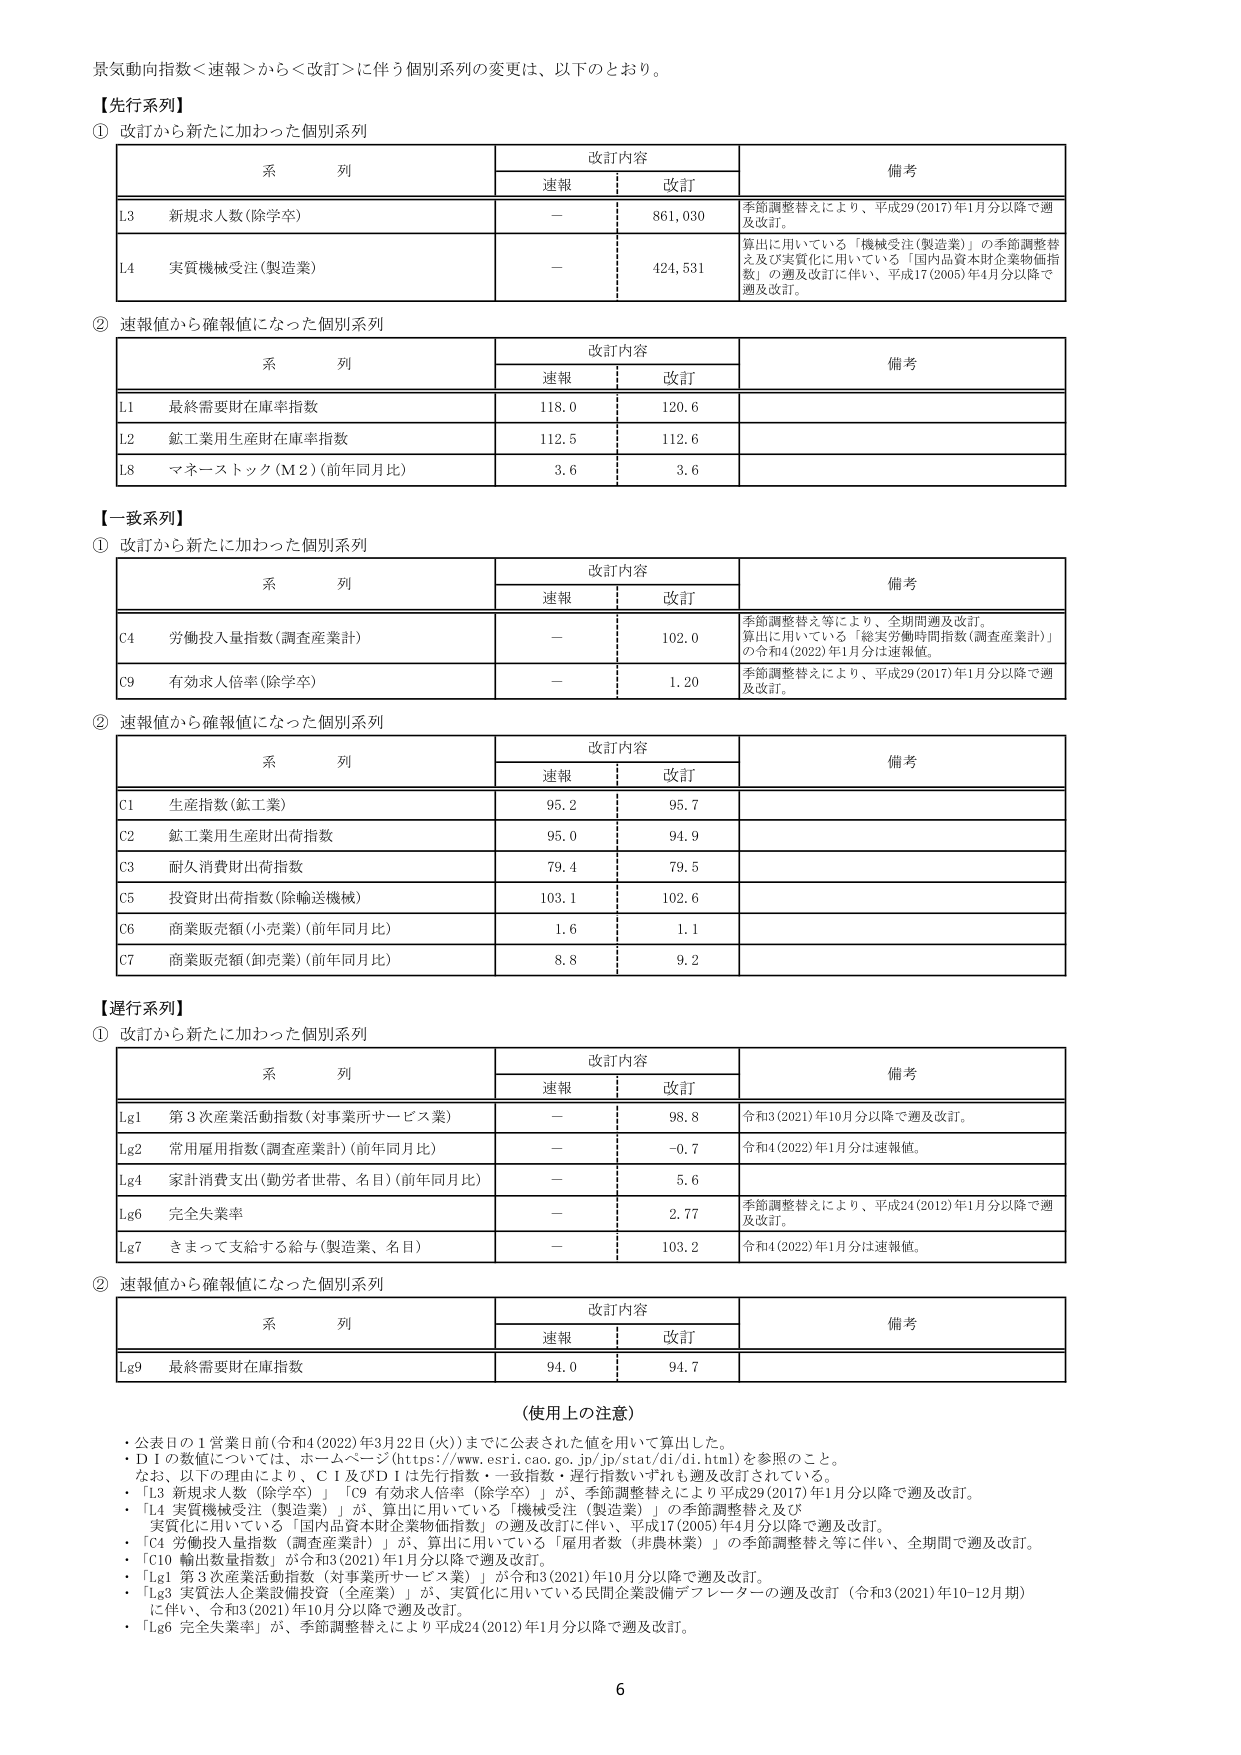
景気動向指数＜速報＞から＜改訂＞に伴う個別系列の変更は、以下のとおり。

【先行系列】

① 改訂から新たに加わった個別系列

| 系列 | 改訂内容 | 備考 |
|------|----------|------|
| | 速報 | 改訂 | |
| L3 新規求人数(除学卒) | — | 861,030 | 季節調整替えにより、平成29(2017)年1月分以降で週及改訂。 |
| L4 実質機械受注(製造業) | — | 424,531 | 算出に用いている「機械受注(製造業)」の季節調整替え及び実質化に用いている「国内品資本財企業物価指数」の週及改訂に伴い、平成17(2005)年4月分以降で週及改訂。 |

② 速報値から確報値になった個別系列

| 系列 | 改訂内容 | 備考 |
|------|----------|------|
| | 速報 | 改訂 | |
| L1 最終需要財在庫率指数 | 118.0 | 120.6 | |
| L2 鉱工業用生産財在庫率指数 | 112.5 | 112.6 | |
| L8 マネーストック(M2)(前年同月比) | 3.6 | 3.6 | |

【一致系列】

① 改訂から新たに加わった個別系列

| 系列 | 改訂内容 | 備考 |
|------|----------|------|
| | 速報 | 改訂 | |
| C4 労働投入量指数(調査産業計) | — | 102.0 | 季節調整替え等により、全期間週及改訂。算出に用いている「総実労働時間指数(調査産業計)」の令和4(2022)年1月分は速報値。 |
| C9 有効求人倍率(除学卒) | — | 1.20 | 季節調整替えにより、平成29(2017)年1月分以降で週及改訂。 |

② 速報値から確報値になった個別系列

| 系列 | 改訂内容 | 備考 |
|------|----------|------|
| | 速報 | 改訂 | |
| C1 生産指数(鉱工業) | 95.2 | 95.7 | |
| C2 鉱工業用生産財出荷指数 | 95.0 | 94.9 | |
| C3 耐久消費財出荷指数 | 79.4 | 79.5 | |
| C5 投資財出荷指数(除輸送機械) | 103.1 | 102.6 | |
| C6 商業販売額(小売業)(前年同月比) | 1.6 | 1.1 | |
| C7 商業販売額(卸売業)(前年同月比) | 8.8 | 9.2 | |

【遅行系列】

① 改訂から新たに加わった個別系列

| 系列 | 改訂内容 | 備考 |
|------|----------|------|
| | 速報 | 改訂 | |
| Lg1 第3次産業活動指数(対事業所サービス業) | — | 98.8 | 令和3(2021)年10月分以降で週及改訂。 |
| Lg2 常用雇用指数(調査産業計)(前年同月比) | — | -0.7 | 令和4(2022)年1月分は速報値。 |
| Lg4 家計消費支出(勤労者世帯、名目)(前年同月比) | — | 5.6 | |
| Lg6 完全失業率 | — | 2.77 | 季節調整替えにより、平成24(2012)年1月分以降で週及改訂。 |
| Lg7 きまって支給する給与(製造業、名目) | — | 103.2 | 令和4(2022)年1月分は速報値。 |

② 速報値から確報値になった個別系列

| 系列 | 改訂内容 | 備考 |
|------|----------|------|
| | 速報 | 改訂 | |
| Lg9 最終需要財在庫指数 | 94.0 | 94.7 | |

（使用上の注意）

・公表日の1営業日前(令和4(2022)年3月22日(火))までに公表された値を用いて算出した。
・D1の数値については、ホームページ(https://www.esri.cao.go.jp/jp/stat/di/di.html)を参照のこと。
なお、以下の理由により、C1及びD1は先行指数・一致指数・遅行指数いずれも週及改訂されている。
・「L3 新規求人数(除学卒)」「C9 有効求人倍率(除学卒)」が、季節調整替えにより平成29(2017)年1月分以降で週及改訂。
・「L4 実質機械受注(製造業)」が、算出に用いている「機械受注(製造業)」の季節調整替え及び実質化に用いている「国内品資本財企業物価指数」の週及改訂に伴い、平成17(2005)年4月分以降で週及改訂。
・「C4 労働投入量指数(調査産業計)」が、算出に用いている「雇用者数(非農林業)」の季節調整替え等に伴い、全期間で週及改訂。
・「C10 輸出数量指数」が令和3(2021)年1月分以降で週及改訂。
・「Lg1 第3次産業活動指数(対事業所サービス業)」が令和3(2021)年10月分以降で週及改訂。
・「Lg3 実質法人企業設備投資(全産業)」が、実質化に用いている民間企業設備デフレーターの週及改訂（令和3(2021)年10-12月期）に伴い、令和3(2021)年10月分以降で週及改訂。
・「Lg6 完全失業率」が、季節調整替えにより平成24(2012)年1月分以降で週及改訂。

6